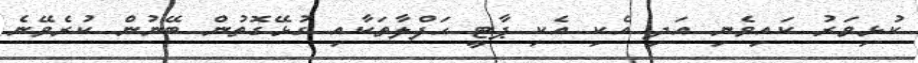
ކުޅިވަރު ކައިވެނި އަދި އެކި އެކި ޕާޓީ ހަފްލާތަކާއި ގުޅޭގޮތުން ބޭނުން ކުރެވޭނެ